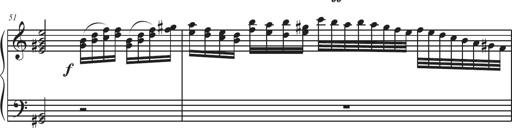
Title: Sonatina Espania
Composer: Jerald Franklin Archer
Key: Various